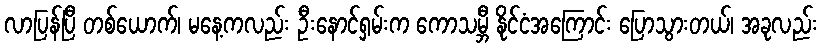
လာပြန်ပြီ တစ်ယောက်၊ မနေ့ကလည်း ဦးနောင်ရှမ်းက ကောသမ္ဘီ နိုင်ငံအကြောင်း ပြောသွားတယ်၊ အခုလည်း